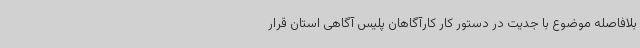
بلافاصله موضوع با جدیت در دستور کار کارآگاهان پلیس آگاهی استان قرار